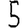
Digit: 5